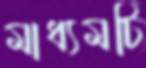
মাধ্যমটি